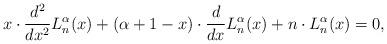
LaTeX: \begin{align*}x\cdot \frac{d^2}{dx^2}L_n^{\alpha}(x) + (\alpha + 1 -x)\cdot \frac{d}{dx}L_n^{\alpha}(x) + n\cdot L_n^{\alpha}(x) = 0,\end{align*}